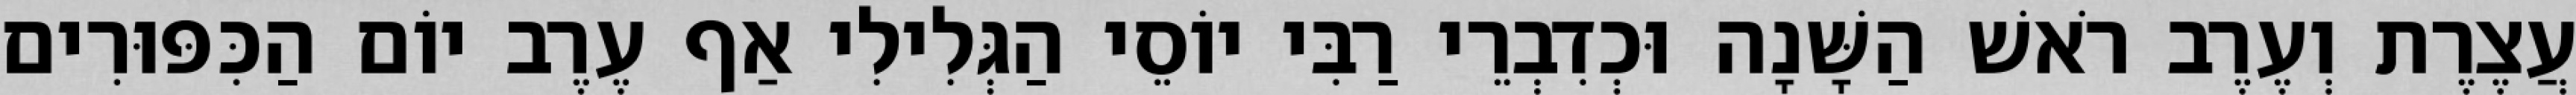
עֲצֶרֶת וְעֶרֶב רֹאשׁ הַשָּׁנָה וּכְדִבְרֵי רַבִּי יוֹסֵי הַגְּלִילִי אַף עֶרֶב יוֹם הַכִּפּוּרִים